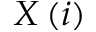
X \, ( i )